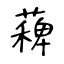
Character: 薭